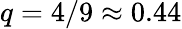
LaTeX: q=4/9\approx 0.44